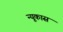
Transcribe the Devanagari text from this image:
न्यूकास